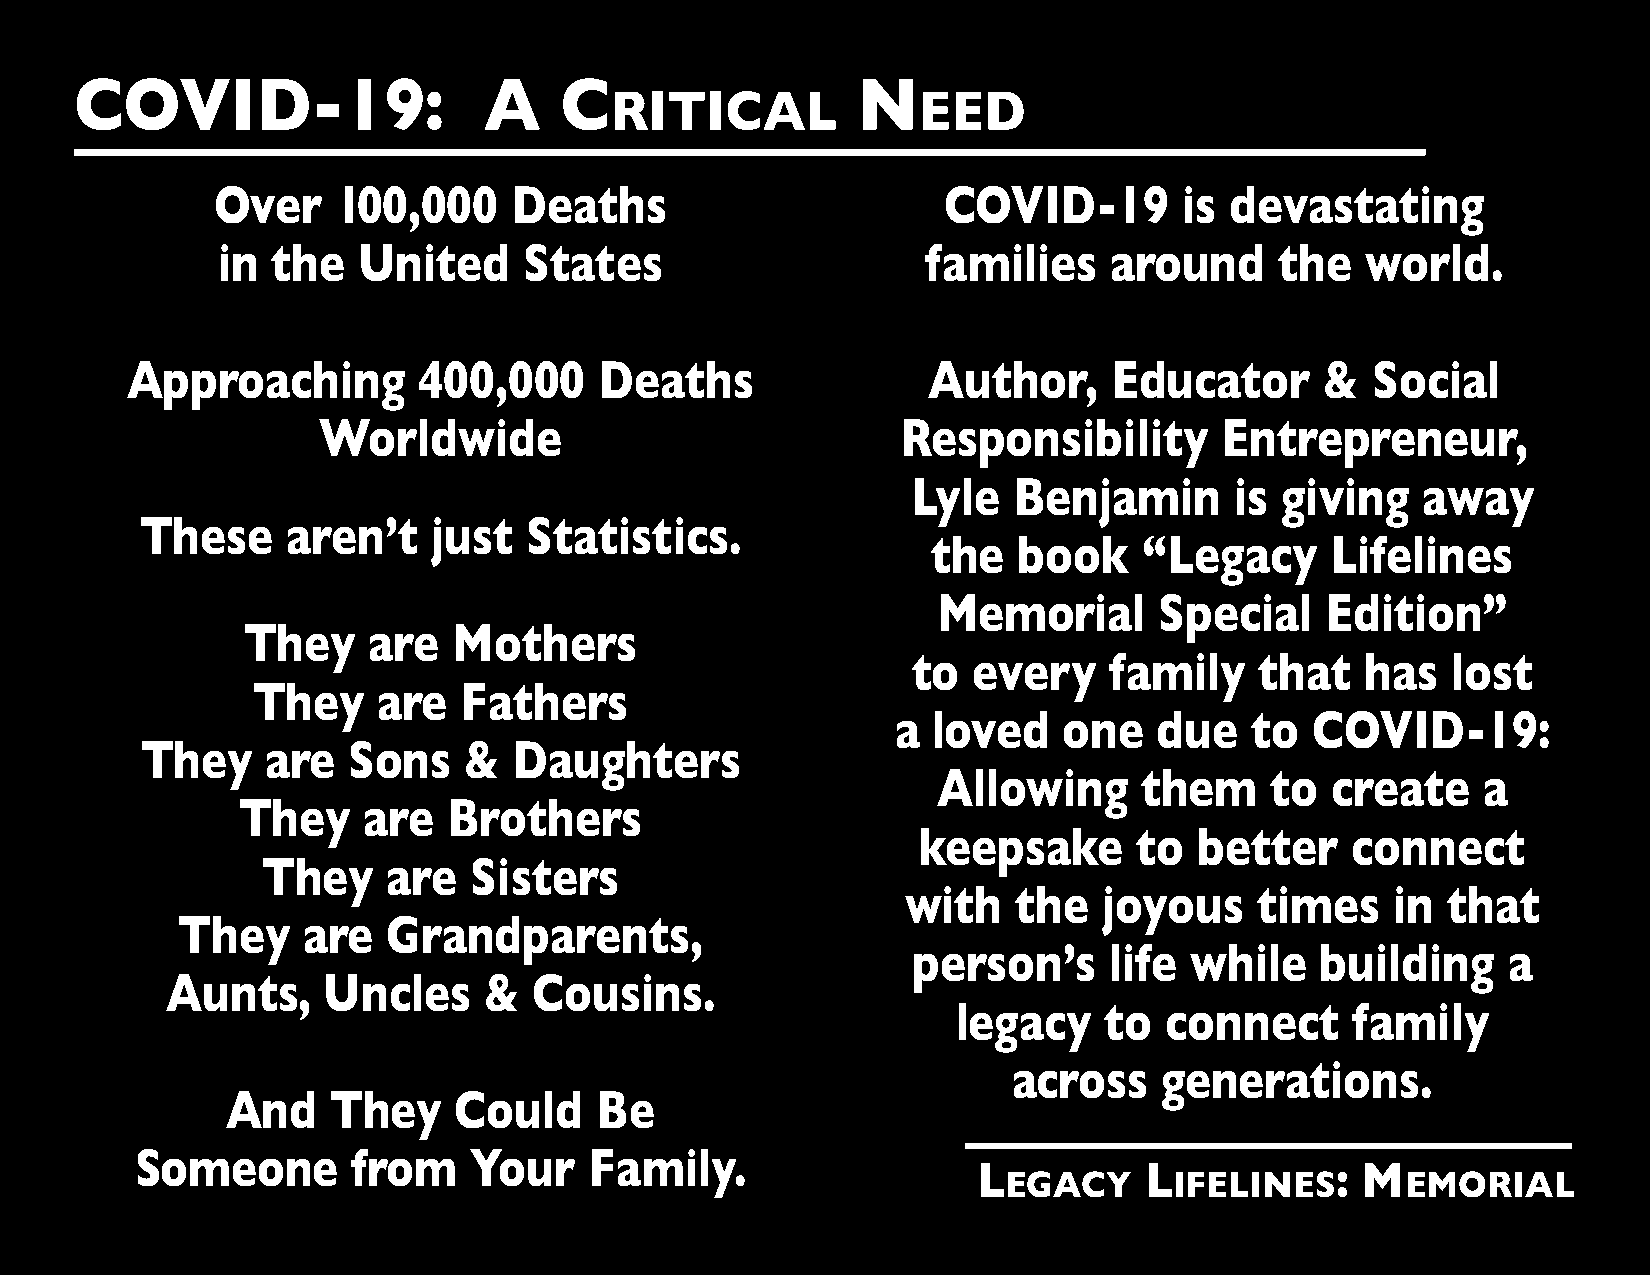
COVID-19:                  A    C                   N
 RITICAL              EED
 Over    100,000     Deaths                      COVID-19        is devastating
 in  the   United     States                    families    around      the  world.
 Approaching         400,000     Deaths               Author,      Educator      &  Social
 Worldwide                              Responsibility       Entrepreneur,
 Lyle   Benjamin       is giving   away
 These     aren’t    just  Statistics.
 the  book     “Legacy     Lifelines
 Memorial       Special    Edition”
 They    are   Mothers
 to  every    family    that   has   lost
 They    are   Fathers
 a  loved   one    due   to  COVID-19:
 They     are  Sons    &  Daughters
 Allowing      them    to  create    a
 They    are   Brothers
 keepsake      to  better    connect
 They     are  Sisters
 with   the   joyous    times    in  that
 They    are   Grandparents,
 person’s     life  while   building     a
 Aunts,    Uncles     &  Cousins.
 legacy    to  connect     family
 across    generations.
 And    They    Could    Be
 Someone       from    Your    Family.
 L          L           : M
 EGACY      IFELINES       EMORIAL